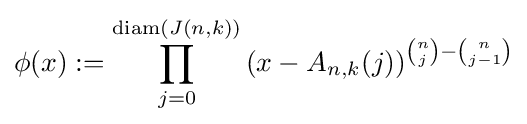
\phi (x):=\prod _{j=0}^{\operatorname {diam} (J(n,k))}\left(x-A_{n,k}(j)\right)^{{\binom {n}{j}}-{\binom {n}{j-1}}}